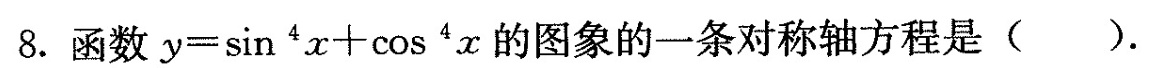
8.函数$$y = \sin ^ { 4 } x + \cos ^ { 4 } x$$的图象的一条对称轴方程是().